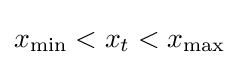
x_{\mathrm {min} }<x_{t}<x_{\mathrm {max} }